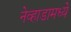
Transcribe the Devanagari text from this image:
नेव्हाडामध्ये